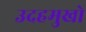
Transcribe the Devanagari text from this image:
उदहमुखो